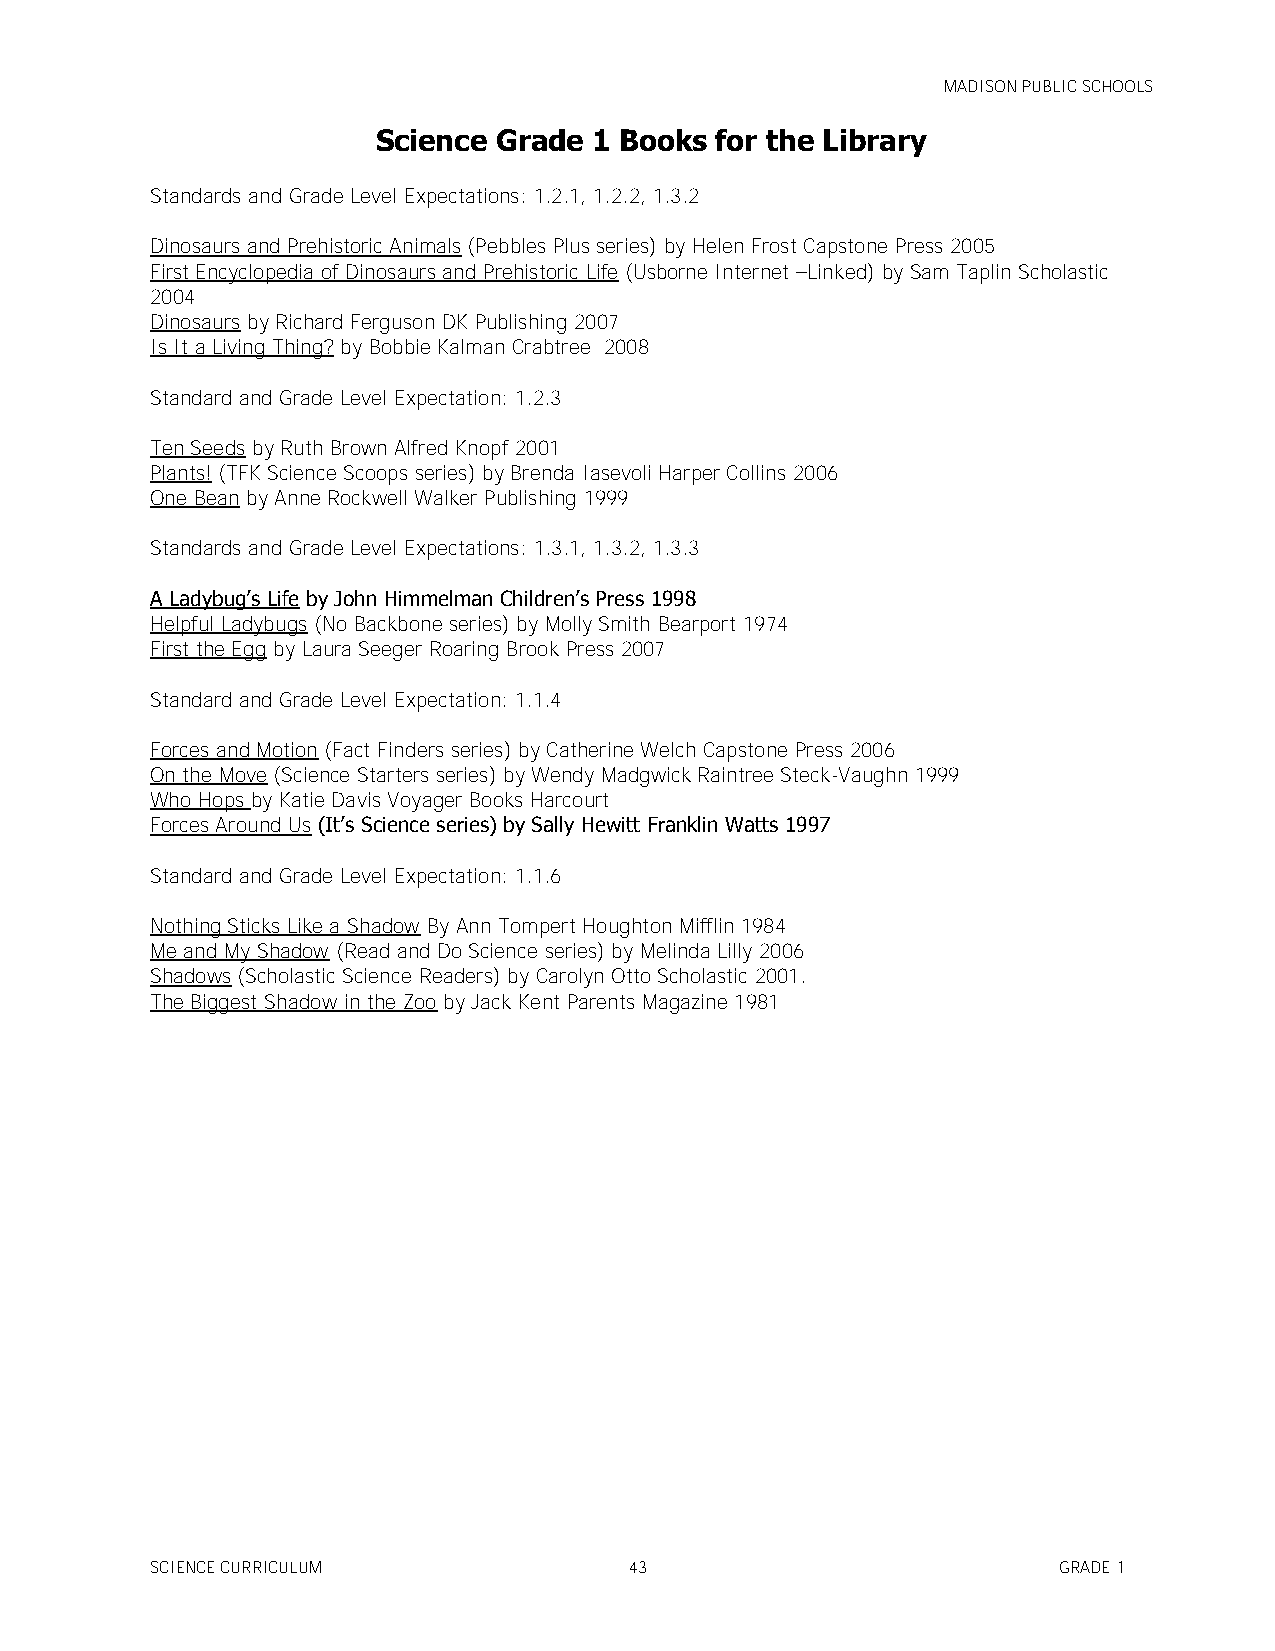
MADISON PUBLIC SCHOOLS
 Science Grade 1 Books for the Library
 Standards and Grade Level Expectations: 1.2.1, 1.2.2, 1.3.2
 Dinosaurs and Prehistoric Animals (Pebbles Plus series) by Helen Frost Capstone Press 2005
 First Encyclopedia of Dinosaurs and Prehistoric Life (Usborne Internet –Linked) by Sam Taplin Scholastic
 2004
 Dinosaurs by Richard Ferguson DK Publishing 2007
 Is It a Living Thing? by Bobbie Kalman Crabtree 2008
 Standard and Grade Level Expectation: 1.2.3
 Ten Seeds by Ruth Brown Alfred Knopf 2001
 Plants! (TFK Science Scoops series) by Brenda Iasevoli Harper Collins 2006
 One Bean by Anne Rockwell Walker Publishing 1999
 Standards and Grade Level Expectations: 1.3.1, 1.3.2, 1.3.3
 A Ladybug’s Life by John Himmelman Children’s Press 1998
 Helpful Ladybugs (No Backbone series) by Molly Smith Bearport 1974
 First the Egg by Laura Seeger Roaring Brook Press 2007
 Standard and Grade Level Expectation: 1.1.4
 Forces and Motion (Fact Finders series) by Catherine Welch Capstone Press 2006
 On the Move (Science Starters series) by Wendy Madgwick Raintree Steck-Vaughn 1999
 Who Hops by Katie Davis Voyager Books Harcourt
 Forces Around Us (It’s Science series) by Sally Hewitt Franklin Watts 1997
 Standard and Grade Level Expectation: 1.1.6
 Nothing Sticks Like a Shadow By Ann Tompert Houghton Mifflin 1984
 Me and My Shadow (Read and Do Science series) by Melinda Lilly 2006
 Shadows (Scholastic Science Readers) by Carolyn Otto Scholastic 2001.
 The Biggest Shadow in the Zoo by Jack Kent Parents Magazine 1981
 SCIENCE CURRICULUM              43                          GRADE 1